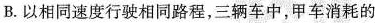
B.以相同速度行驶相同路程，三辆车中，甲车消耗的